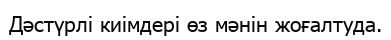
Дәстүрлі киімдері өз мәнін жоғалтуда.